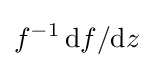
f^{-1}\,\mathrm {d} f/\mathrm {d} z